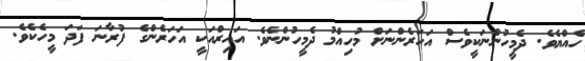
ހެއްޔެވެ. ދެމީހުންނަކީވެސް އަހަރެންނަށް މުހިއްމު ދެމީހުންނެވެ. އައިރްއަކީ އަހަރެންގެ ފުރާނަ ފަދަ މީހެކެވެ.